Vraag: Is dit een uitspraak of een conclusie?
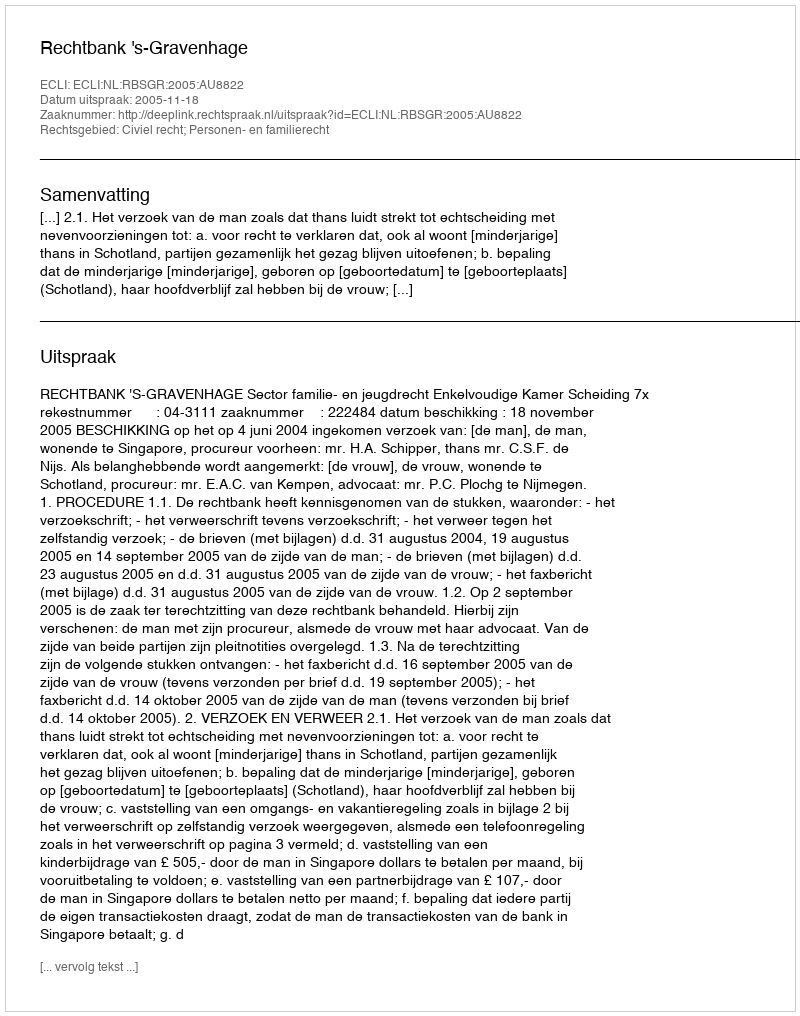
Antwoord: Uitspraak